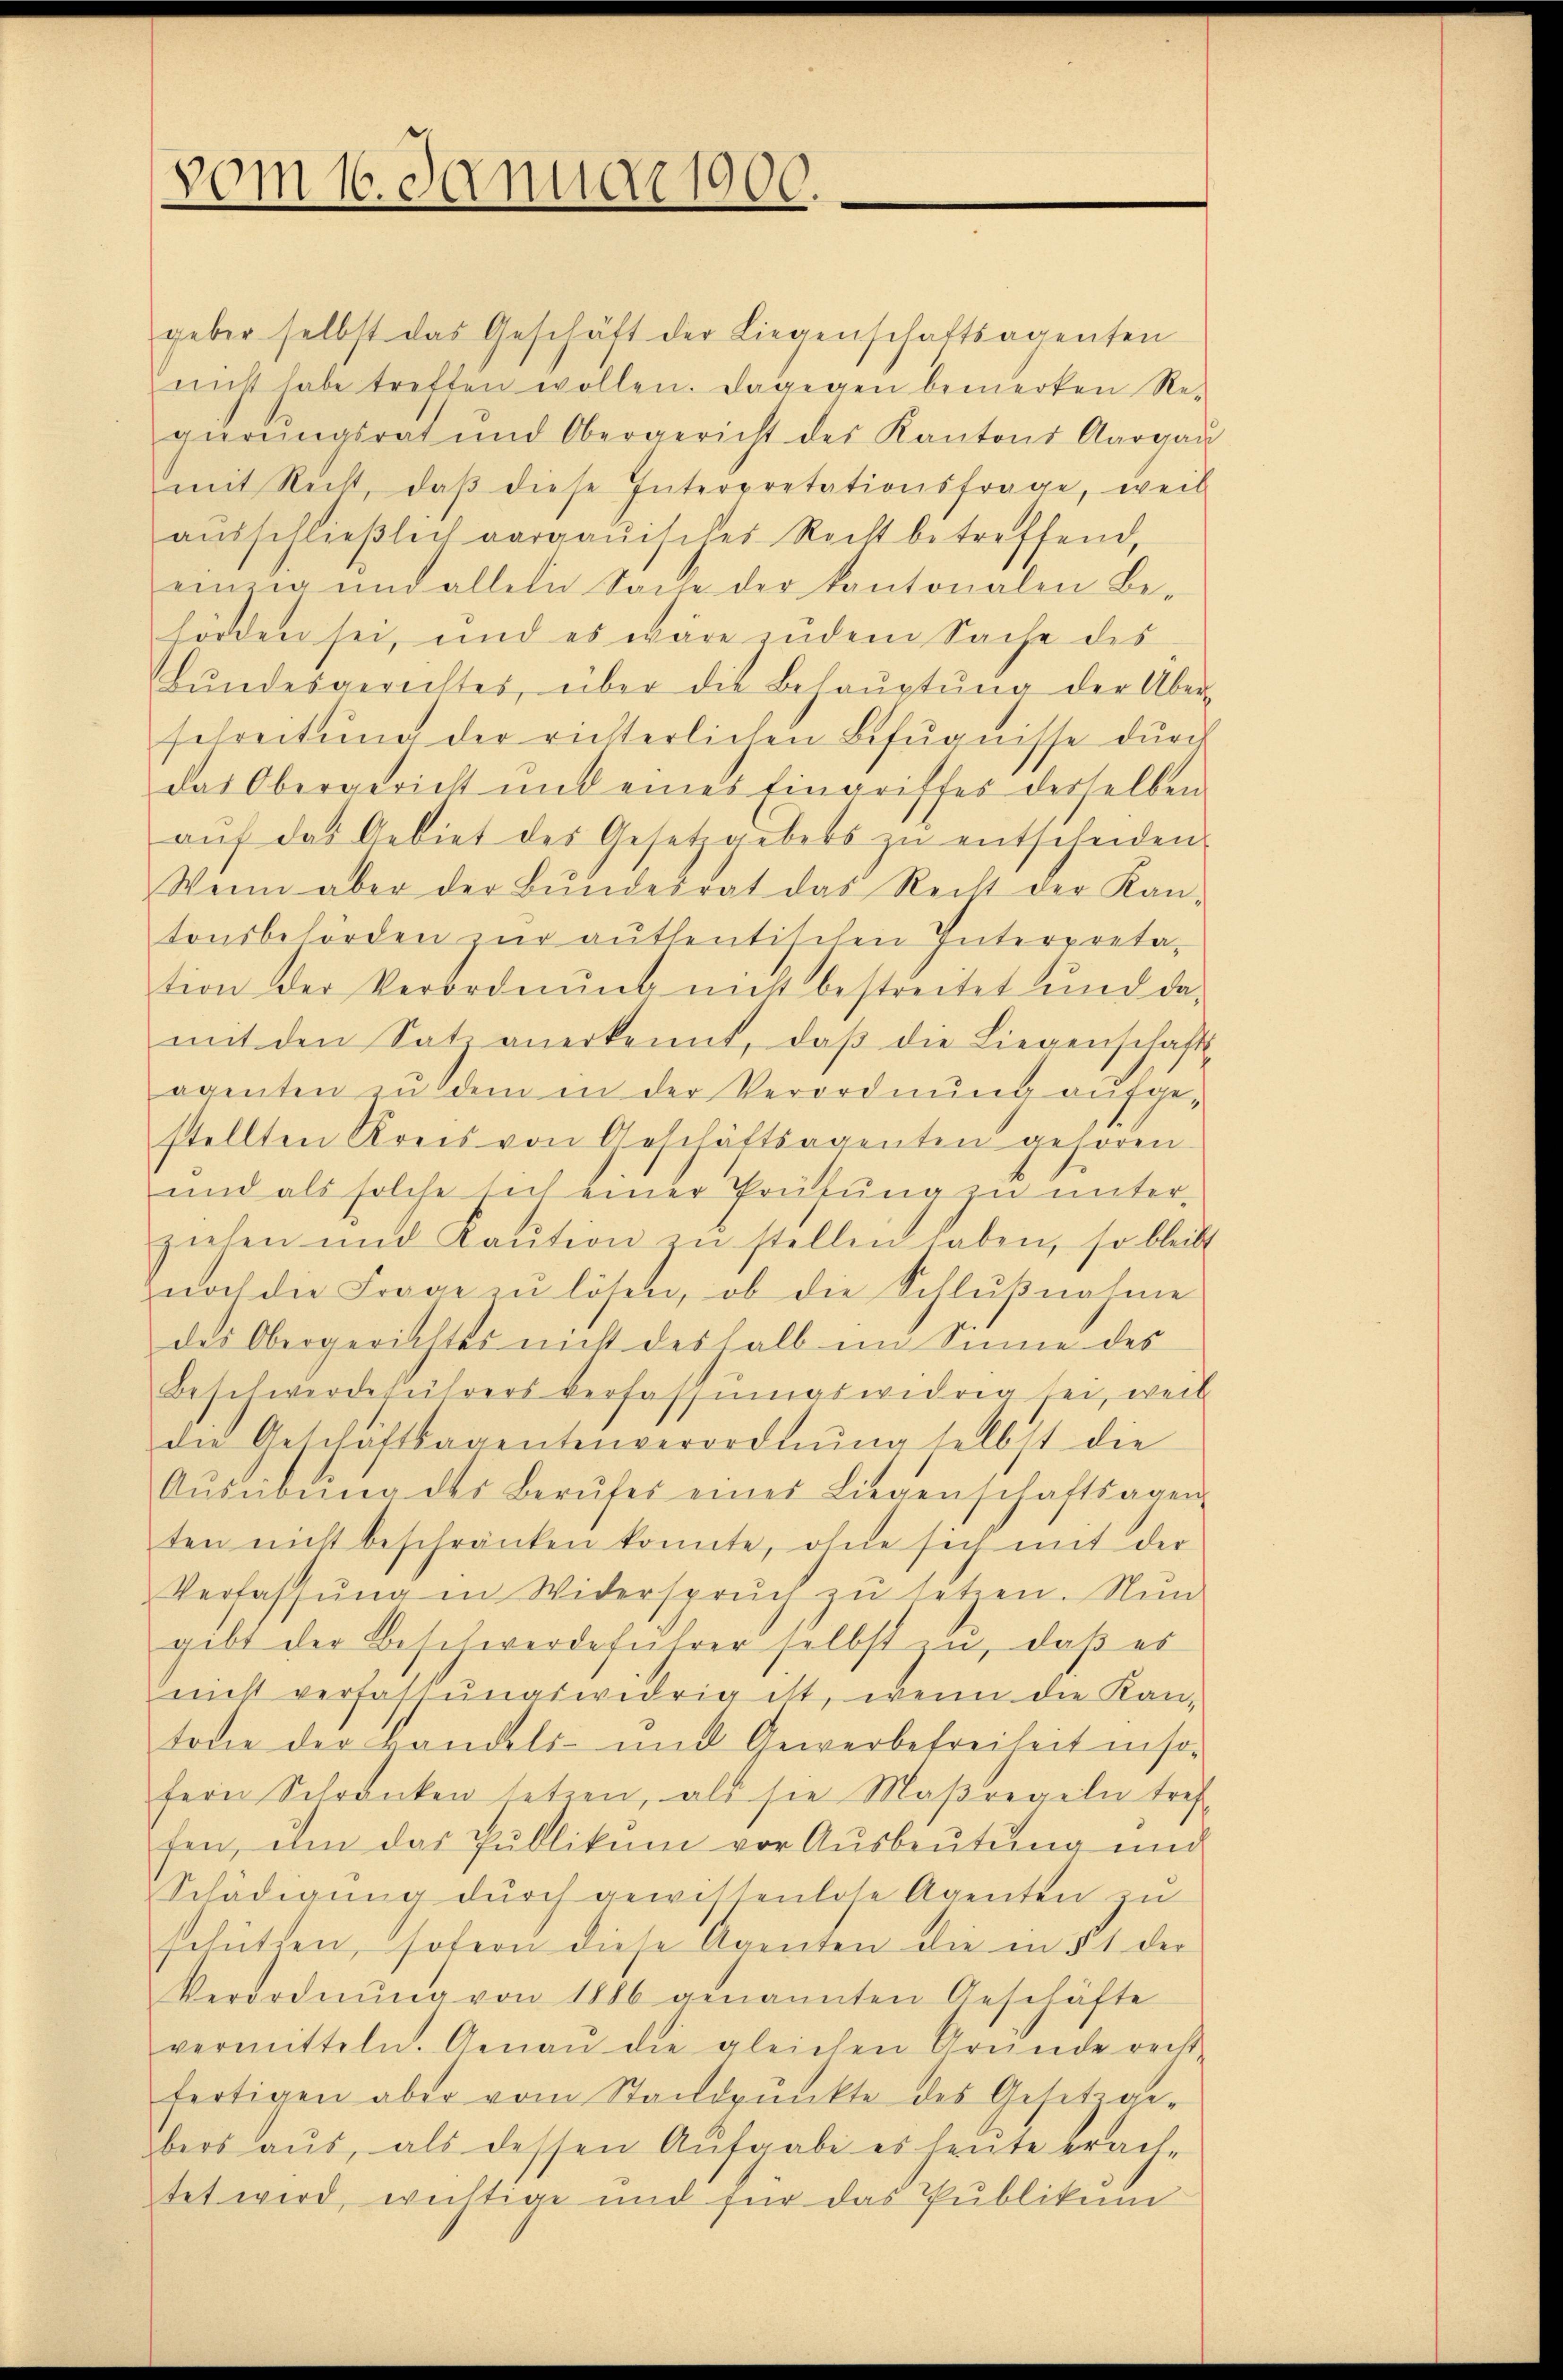
vom 16. Januar 1900

geber selbst das Geschäft der Liegenschaftsagenten
nicht habe tretten wollen. Dagegen bemerken Re-
gierungsrat und Obergericht des Kantons Aargaŭ
mit Recht, daβ diese Interpretationsfrage, weil
aŭsschlieβlich aargauisches Recht betreffend,
einzig und allein Sache der Kantonalen Be-
horden sei, und es wäre zudem Sache des
Bŭndesgerichtes, über die Behaŭptŭng der Über-
schreitung der richterlichen Befugnisse durch
das Obergericht mit eines Eingriffes derselben
aŭf das Gebiet des Gesetzgebets zŭ entscheiden.
Wenn aber der Bŭndesrat das Recht der Kan-
tonsbehörden zur authentischen Interpreta-
tion der Verordnung nicht bestreitet und da-
mit den Satz anerkennt, daβ die Liegenschaft
agenten zu dem in der Verordnung aufgestellten Kreis von Geschäftsagenten gehören.
und als solche sich einer Prüfung zu unter-
ziehen und Kaŭtion zŭ stellen haben, so bleibt
noch die Frage zu lösen, ob die Schlŭβnahme
des Obergerichtes nicht deshalb im Sinne des
Beschwerdeführers verfassungswidrig sei, weil
die Geschäftsagentenverordnŭng selbst die
Aŭsübŭng des Berufes eines Liegenschaftsagen-
ten nicht beschränken konnte, ohne sich mit der
Verfassŭng in Widerspruch zŭ setzen. Nun
gibt der Beschwerdeführer selbst zu, daß es
nicht verfassungswidrig ist, wenn die Kantone der Bandels- und Gewerbefreiheit inso-
fern Schranken setzen, als sie Maßregeln tref
fen, um das Publikum vor Ausbeutung und
Schädigung durch gewissenlose Agenten zu
schütten, sofern diese Agenten die in § 1 der
Verordnŭng von 1886 genannten Geschäfte
vermitteln. Genaŭ die gleichen Gründe recht
fertigen aber vom Standpŭnkte des Gesetzge-
bers aŭs, als dessen Aufgabe es heŭte brach-
tet wird, wichtige und für das Publikum